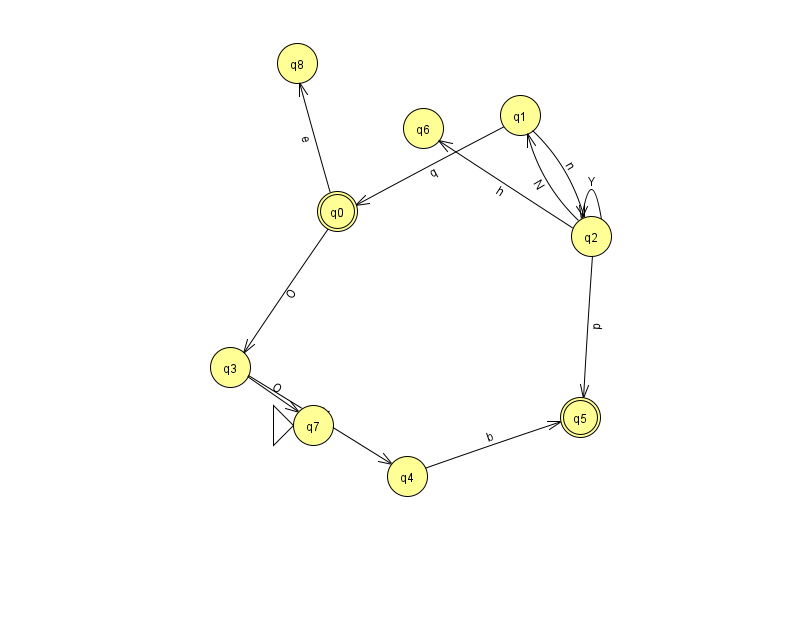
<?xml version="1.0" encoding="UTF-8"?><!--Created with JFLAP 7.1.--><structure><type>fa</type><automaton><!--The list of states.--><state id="0" name="q0"><x>337.0</x><y>198.0</y><final/></state><state id="1" name="q1"><x>520.0</x><y>102.0</y></state><state id="2" name="q2"><x>591.0</x><y>223.0</y></state><state id="3" name="q3"><x>230.0</x><y>354.0</y></state><state id="4" name="q4"><x>407.0</x><y>463.0</y></state><state id="5" name="q5"><x>580.0</x><y>404.0</y><final/></state><state id="6" name="q6"><x>423.0</x><y>115.0</y></state><state id="7" name="q7"><x>313.0</x><y>412.0</y><initial/></state><state id="8" name="q8"><x>297.0</x><y>50.0</y></state><!--The list of transitions.--><transition><from>3</from><to>7</to><read>O</read></transition><transition><from>1</from><to>2</to><read>n</read></transition><transition><from>2</from><to>1</to><read>N</read></transition><transition><from>3</from><to>4</to><read>V</read></transition><transition><from>2</from><to>6</to><read>h</read></transition><transition><from>2</from><to>2</to><read>Y</read></transition><transition><from>0</from><to>8</to><read>e</read></transition><transition><from>2</from><to>5</to><read>p</read></transition><transition><from>1</from><to>0</to><read>q</read></transition><transition><from>0</from><to>3</to><read>O</read></transition><transition><from>4</from><to>5</to><read>b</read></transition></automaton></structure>